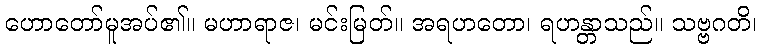
ဟောတော်မူအပ်၏။ မဟာရာဇ၊ မင်းမြတ်။ အရဟတော၊ ရဟန္တာသည်။ သဗ္ဗဂတိ၊